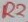
Text: R2